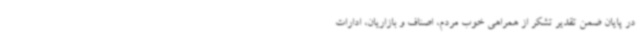
در پایان ضمن تقدیر تشکر از همراهی خوب مردم، اصناف و بازاریان، ادارات